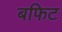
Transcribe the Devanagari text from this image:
बफिट